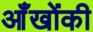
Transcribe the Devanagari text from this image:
आँखोंकी